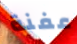
عفنة